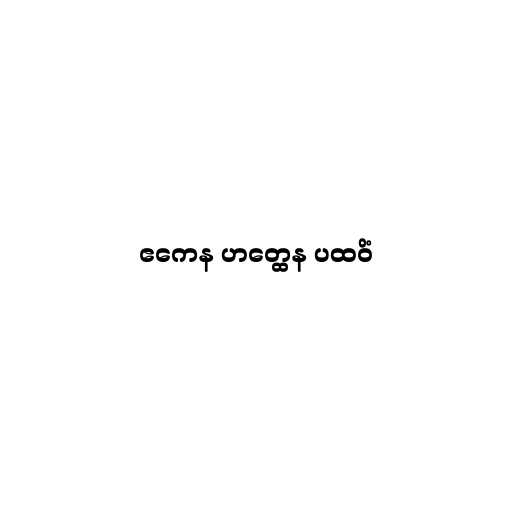
ဧကေန ဟတ္ထေန ပထဝိံ